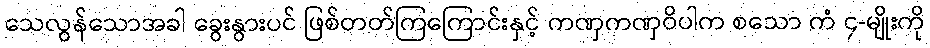
သေလွန်သောအခါ ခွေးနွားပင် ဖြစ်တတ်ကြကြောင်းနှင့် ကဏှကဏှဝိပါက စသော ကံ ၄-မျိုးကို